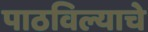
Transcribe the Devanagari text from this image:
पाठविल्याचे